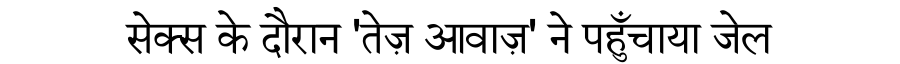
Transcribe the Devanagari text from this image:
सेक्स के दौरान 'तेज़ आवाज़' ने पहुँचाया जेल